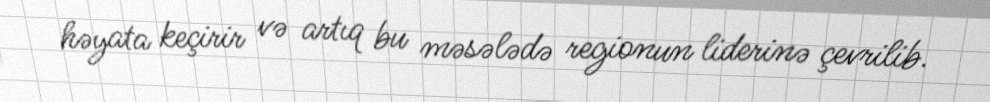
həyata keçirir və artıq bu məsələdə regionun liderinə çevrilib.